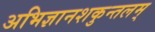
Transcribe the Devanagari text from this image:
अभिज्ञानशकुन्तलम्